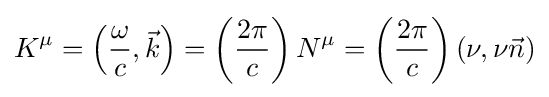
K^{\mu }=\left({\frac {\omega }{c}},{\vec {k}}\right)=\left({\frac {2\pi }{c}}\right)N^{\mu }=\left({\frac {2\pi }{c}}\right)\left(\nu ,\nu {\vec {n}}\right)